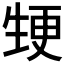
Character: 𭺵